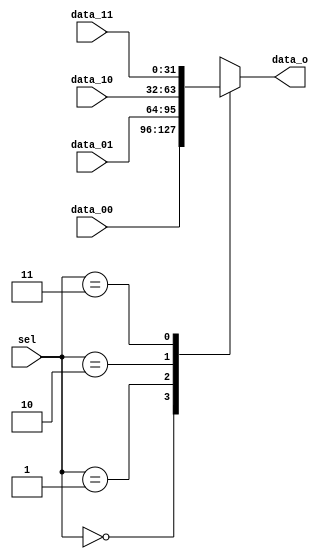
module ALU_Mux4to1(data_00, data_01, data_10, data_11, data_o, sel);
    parameter DATA_WIDTH = 32;
    
    input [DATA_WIDTH - 1:0] data_00, data_01, data_10, data_11;
    input [1:0] sel;
    output reg [DATA_WIDTH - 1:0] data_o;

    always @ (data_00, data_01, data_10, data_11, sel) begin
        case (sel)
            2'b00: data_o = data_00;
            2'b01: data_o = data_01;
            2'b10: data_o = data_10;
            2'b11: data_o = data_11;
            default: data_o = data_00;
        endcase
    end
endmodule